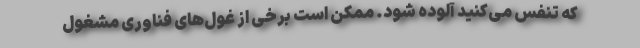
که تنفس می‌کنید آلوده شود. ممکن است برخی از غول‌های فناوری مشغول